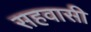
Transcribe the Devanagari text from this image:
सहवासी